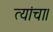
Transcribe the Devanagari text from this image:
त्यांचा।